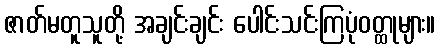
ဇာတ်မတူသူတို့ အချင်းချင်း ပေါင်းသင်းကြပုံဝတ္ထုများ။